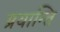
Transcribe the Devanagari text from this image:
प्रयान्ति